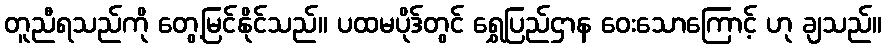
တူညီရသည်ကို တွေ့မြင်နိုင်သည်။ ပထမပိုဒ်တွင် ရွှေပြည်ဌာန ဝေးသောကြောင့် ဟု ချသည်။